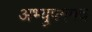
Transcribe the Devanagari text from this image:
अभ्युपगमच